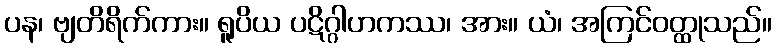
ပန၊ ဗျတိရိက်ကား။ ရူပိယ ပဋိဂ္ဂါဟကဿ၊ အား။ ယံ၊ အကြင်ဝတ္ထုသည်။